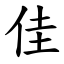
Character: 佳